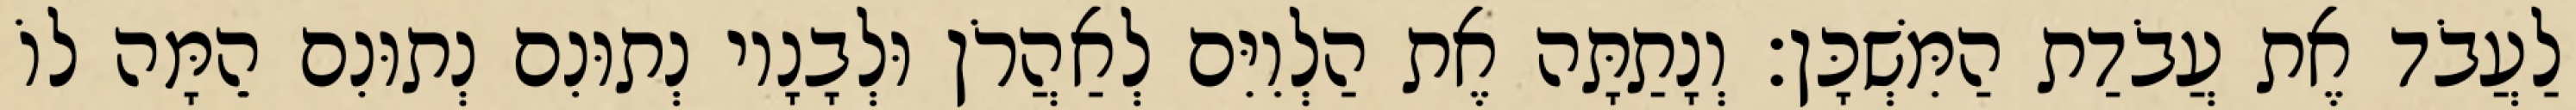
לַעֲבֹד אֶת עֲבֹדַת הַמִּשְׁכָּן׃ וְנָתַתָּה אֶת הַלְוִיִּם לְאַהֲרֹן וּלְבָנָיו נְתוּנִם נְתוּנִם הֵמָּה לוֹ